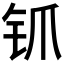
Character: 𬬲